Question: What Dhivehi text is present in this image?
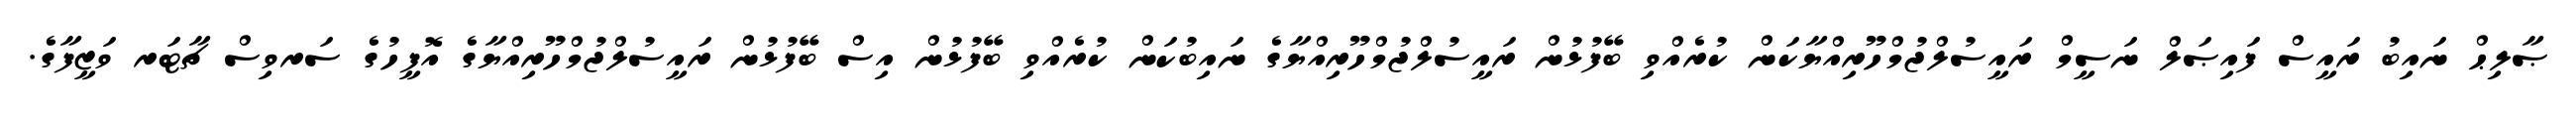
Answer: ޞާލިޙް ނައިބު ރައީސް ފައިޞަލް ނަސީމް ރައީސުލްޖުމްހޫރިއްޔާކަން ކުރެއްވި ބޭފުޅުން ރައީސުލްޖުމްހޫރިއްޔާގެ ނައިބުކަން ކުރެއްވި ބޭފުޅުން އިސް ބޭފުޅުން ރައީސުލްޖުމްހޫރިއްޔާގެ އޮފީހުގެ ސަރވިސް ޗާޓަރ ވަޒީފާގެ.